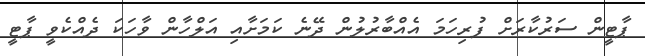
ޕާޓީން ސަރުކާރަށް ފުރިހަމަ އެއްބާރުލުން ދޭނެ ކަމަށާއި އަލްހާން ވާހަކަ ދެއްކެވީ ޕާޓީ